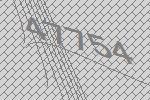
47754